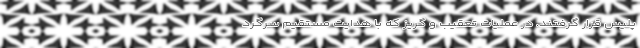
پلیس قرار گرفتند. در عملیات تعقیب و گریز که با هدایت مستقیم سرگرد